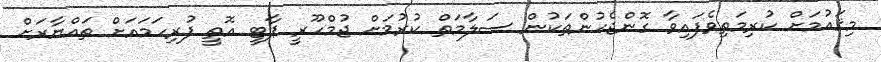
މިޤައުމަށް ކުރިމަތިވެފައިވާ ގޮންޖެހުންތަކުން ސަލާމަތް ކުރުމަށް ޖުމްހޫރީ ޕާޓީ އޮތީ ފުރިހަމައަށް ތައްޔާރަށް